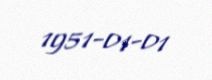
1951-01-01